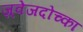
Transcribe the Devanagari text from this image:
ज़्वेजदोच्का